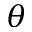
{ \boldsymbol \theta }